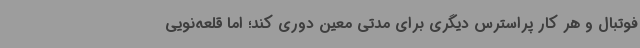
فوتبال و هر کار پراسترس دیگری برای مدتی معین دوری کند؛ اما قلعه‌نویی